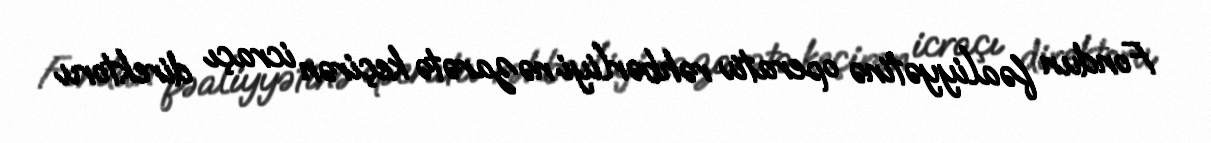
Fondun fəaliyyətinə operativ rəhbərliyi nəzarətə keçirən icraçı direktoru